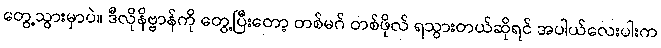
တွေ့သွားမှာပဲ။ ဒီလိုနိဗ္ဗာန်ကို တွေ့ပြီးတော့ တစ်မဂ် တစ်ဖိုလ် ရသွားတယ်ဆိုရင် အပါယ်လေးပါးက